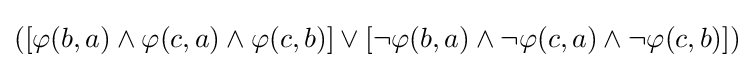
([\varphi (b,a)\land \varphi (c,a)\land \varphi (c,b)]\lor [\lnot \varphi (b,a)\land \lnot \varphi (c,a)\land \lnot \varphi (c,b)])